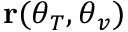
{ \bf r } ( \boldsymbol { \theta } _ { T } , \boldsymbol { \theta } _ { v } )